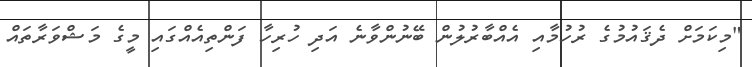
"މިކަމަށް ދެޤައުމުގެ ރުހުމާއި އެއްބާރުލުން ބޭނުންވާނެ އަދި ހުރިހާ ފަންތިއެއްގައި މީގެ މަޝްވަރާތައް